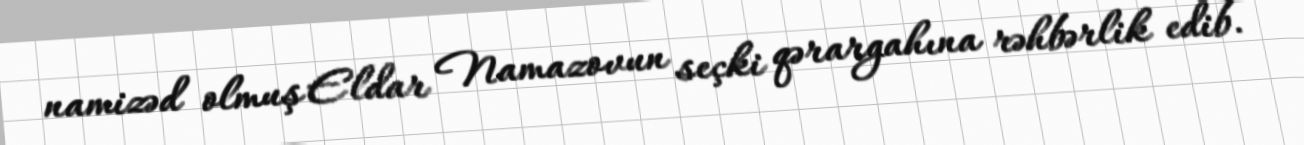
namizəd olmuş Eldar Namazovun seçki qərargahına rəhbərlik edib.